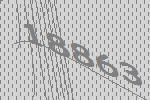
18863